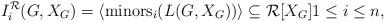
LaTeX: \begin{align*}I^{\mathcal{R}}_i(G,X_G)=\langle {\rm minors}_i(L(G,X_G))\rangle\subseteq \mathcal{R}[X_G] 1\leq i\leq n,\end{align*}